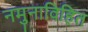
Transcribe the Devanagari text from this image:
नमुनाविहित